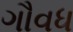
ગૌવધ